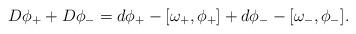
LaTeX: \begin{align*}D\phi _{+}+D\phi _{-}=d\phi _{+}-[\omega _{+},\phi _{+}]+d\phi _{-}-[\omega_{-},\phi _{-}].\end{align*}